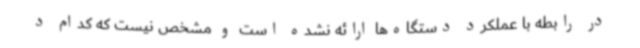
در رابطه با عملکرد دستگاه‌ها ارائه نشده است و مشخص نیست که کدام د